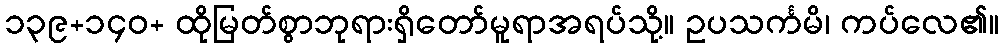
၁၃၉+၁၄၀+ ထိုမြတ်စွာဘုရားရှိတော်မူရာအရပ်သို့။ ဥပသင်္ကမိ၊ ကပ်လေ၏။